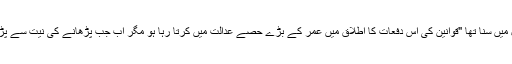
ایک بار ایک ریٹائر جسٹس جو بعد میں قانون کی تدریس سے جڑ گئی تھے سے ایک محفل میں سنا تھا "قوانین کی اس دفعات کا اطلاق میں عمر کے بڑے حصے عدالت میں کرتا رہا ہو مگر اب جب پڑھانے کی نیت سے پڑھتا ہوں تو ان کے نئے معنی مجھ پر آشکار ہوتے ہیں" آج کچھ ایسا ہی میرے ساتھ ہوا ہے۔